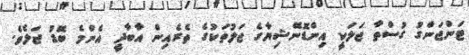
ޓަންޖަންގު ގުސްތާ ޖަލަކީ އިންޑޮނޭޝިޔާގެ ޖަލުތަކުގެ ތެރެއިން އާބާދީ އެންމެ ބޮޑު ޖަލެވެ.